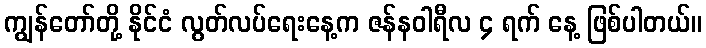
ကျွန်တော်တို့ နိုင်ငံ လွတ်လပ်ရေးနေ့က ဇန်နဝါရီလ ၄ ရက် နေ့ ဖြစ်ပါတယ်။